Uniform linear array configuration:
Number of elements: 32
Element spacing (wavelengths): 0.25
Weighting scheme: hann
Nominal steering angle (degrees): -30
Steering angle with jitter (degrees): -30.474
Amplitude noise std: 0.05
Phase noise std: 0.05

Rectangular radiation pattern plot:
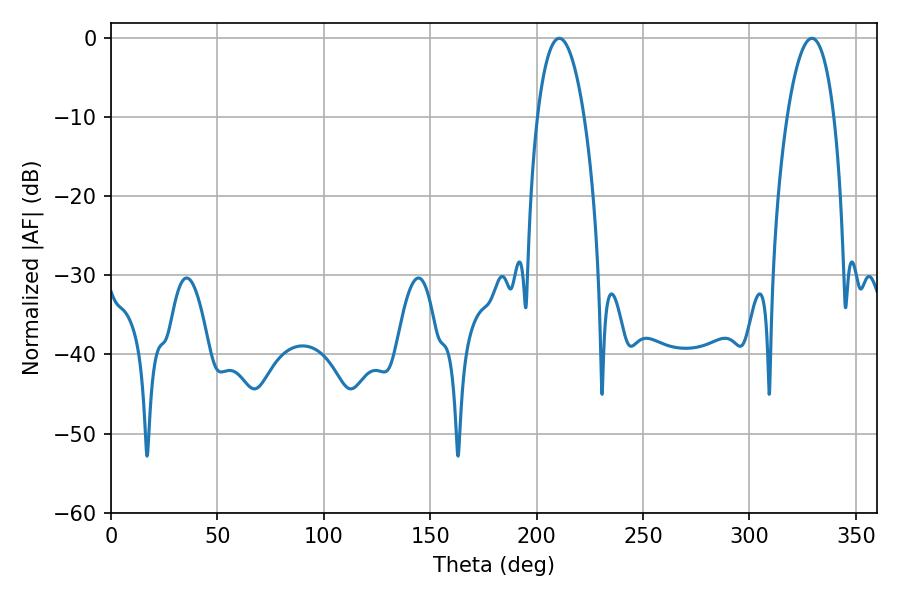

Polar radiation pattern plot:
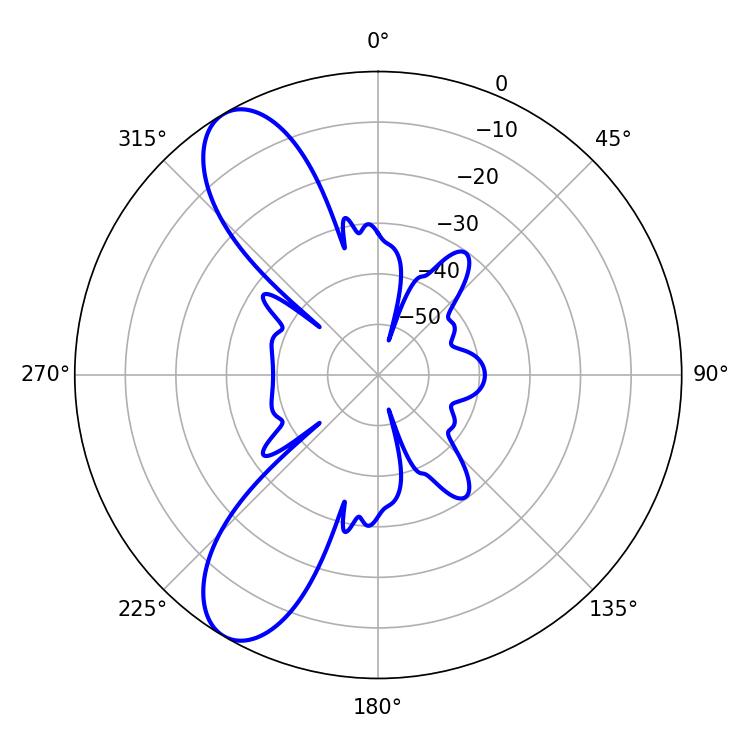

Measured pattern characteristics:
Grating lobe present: FALSE
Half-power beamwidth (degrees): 12.42
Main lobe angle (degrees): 210.6